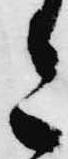
さ